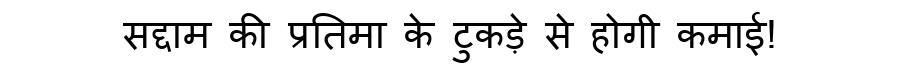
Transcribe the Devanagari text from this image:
सद्दाम की प्रतिमा के टुकड़े से होगी कमाई!